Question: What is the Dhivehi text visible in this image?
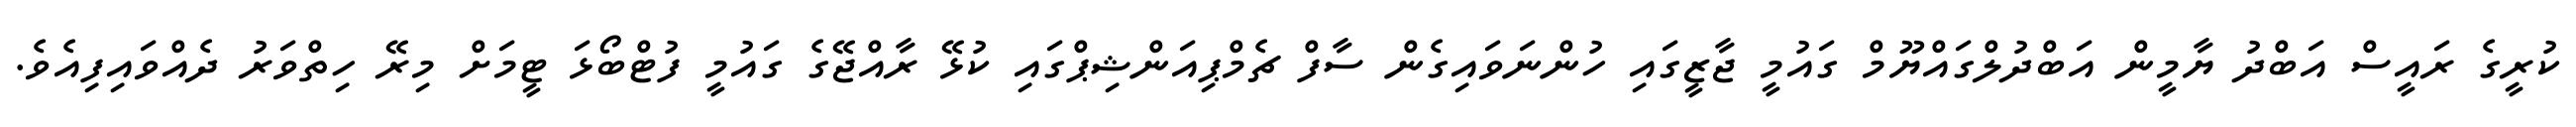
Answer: ކުރީގެ ރައީސް އަބްދު ޔާމީން އަބްދުލްގައްޔޫމް ގައުމީ ޖާޒީގައި ހުންނަވައިގެން ސާފް ޗެމްޕިއަންޝިޕްގައި ކުޅޭ ރާއްޖޭގެ ގައުމީ ފުޓްބޯޅަ ޓީމަށް މިރޭ ހިތްވަރު ދެއްވައިފިއެވެ.